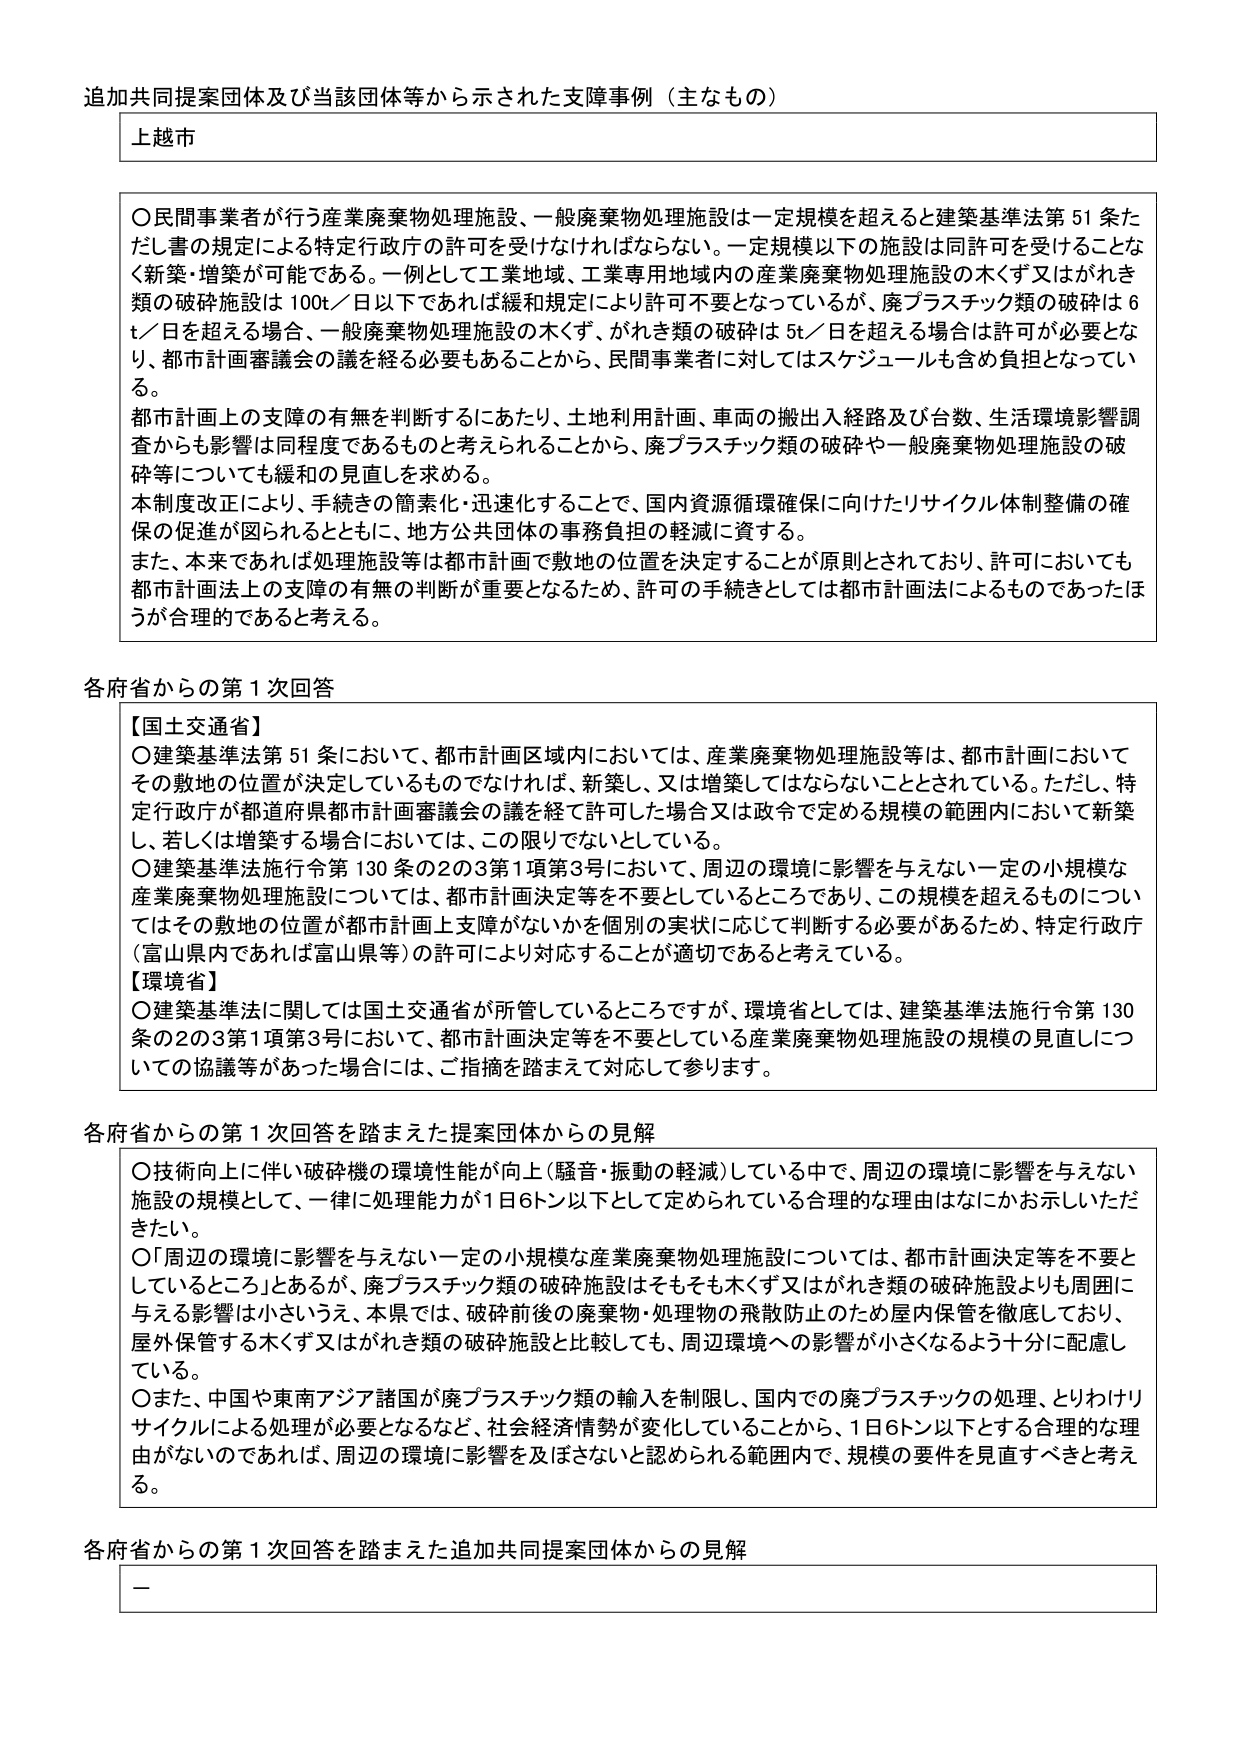
追加共同提案団体及び当該団体等から示された支障事例（主なもの）

上越市

〇民間事業者が行う産業廃棄物処理施設、一般廃棄物処理施設は一定規模を超えると建築基準法第51条ただし書の規定による特定行政庁の許可を受けなければならない。一定規模以下の施設は同許可を受けることなく新築・増築が可能である。一例として工業地域、工業専用地域内の産業廃棄物処理施設の木くず又はがれき類の破砕施設は100t／日以下であれば緩和規定により許可不要となっているが、廃プラスチック類の破砕は6t／日を超える場合、一般廃棄物処理施設の木くず、がれき類の破砕は5t／日を超える場合は許可が必要となり、都市計画審議会の議を経る必要もあることから、民間事業者に対してはスケジュールも含め負担となっている。

都市計画上の支障の有無を判断するにあたり、土地利用計画、車両の搬出入経路及び台数、生活環境影響調査からも影響は同程度であるものと考えられることから、廃プラスチック類の破砕や一般廃棄物処理施設の破砕等についても緩和の見直しを求める。

本制度改正により、手続きの簡素化・迅速化することで、国内資源循環確保に向けたリサイクル体制整備の確保の促進が図られるとともに、地方公共団体の事務負担の軽減に資する。

また、本来であれば処理施設等は都市計画で敷地の位置を決定することが原則とされており、許可においても都市計画法上の支障の有無の判断が重要となるため、許可の手続きとしては都市計画法によるものであったほうが合理的であると考える。

各府省からの第1次回答

【国土交通省】
〇建築基準法第51条において、都市計画区域内においては、産業廃棄物処理施設等は、都市計画においてその敷地の位置が決定しているものでなければ、新築し、又は増築してはならないこととされている。ただし、特定行政庁が都道府県都市計画審議会の議を経て許可した場合又は政令で定める規模の範囲内において新築し、若しくは増築する場合においては、この限りでないとしている。
〇建築基準法施行令第130条の2の3第1項第3号において、周辺の環境に影響を与えない一定の小規模な産業廃棄物処理施設については、都市計画決定等を不要としているところであり、この規模を超えるものについてはその敷地の位置が都市計画上支障がないかを個別の実状に応じて判断する必要があるため、特定行政庁（富山県内であれば富山県等）の許可により対応することが適切であると考えている。

【環境省】
〇建築基準法に関しては国土交通省が所管しているところですが、環境省としては、建築基準法施行令第130条の2の3第1項第3号において、都市計画決定等を不要としている産業廃棄物処理施設の規模の見直しについての協議等があった場合には、ご指摘を踏まえて対応して参ります。

各府省からの第1次回答を踏まえた提案団体からの見解

〇技術向上に伴い破砕機の環境性能が向上（騒音・振動の軽減）している中で、周辺の環境に影響を与えない施設の規模として、一律に処理能力が1日6トン以下として定められている合理的な理由はなにかお示しいただきたい。
〇「周辺の環境に影響を与えない一定の小規模な産業廃棄物処理施設については、都市計画決定等を不要としているところ」とあるが、廃プラスチック類の破砕施設はそもそも木くず又はがれき類の破砕施設よりも周囲に与える影響は小さいうえ、本県では、破砕前後の廃棄物・処理物の飛散防止のため屋内保管を徹底しており、屋外保管する木くず又はがれき類の破砕施設と比較しても、周辺環境への影響が小さくなるよう十分に配慮している。
〇また、中国や東南アジア諸国が廃プラスチック類の輸入を制限し、国内での廃プラスチックの処理、とりわけリサイクルによる処理が必要となるなど、社会経済情勢が変化していることから、1日6トン以下とする合理的な理由がないのであれば、周辺の環境に影響を及ぼさないと認められる範囲内で、規模の要件を見直すべきと考える。

各府省からの第1次回答を踏まえた追加共同提案団体からの見解

－